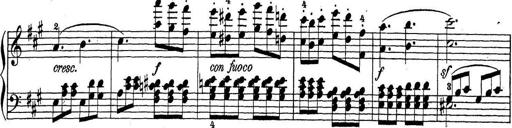
Title: Sonatina Album
Composer: Louis KÃ¶hler